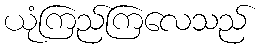
ယုံကြည်ကြလေသည်